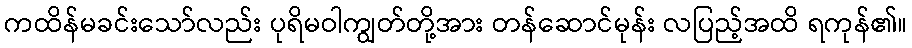
ကထိန်မခင်းသော်လည်း ပုရိမဝါကျွတ်တို့အား တန်ဆောင်မုန်း လပြည့်အထိ ရကုန်၏။